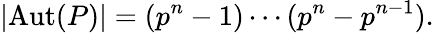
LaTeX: \left|\operatorname{Aut}(P)\right|=(p^{n}-1)\cdots(p^{n}-p^{n-1}).